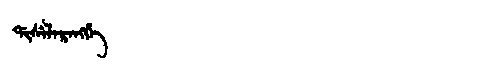
Manchu: ᡩᡳᠰᡝᠯᠠᡵᠠᠩᡤᡝ
Romanization: DISELARANGGE